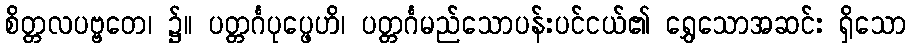
စိတ္တလပဗ္ဗတေ၊ ၌။ ပတ္တင်္ဂပုပ္ဖေဟိ၊ ပတ္တင်္ဂမည်သောပန်းပင်ငယ်၏ ရွှေသောအဆင်း ရှိသော